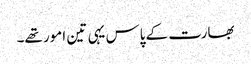
بھارت کے پاس یہی تین امور تھے۔